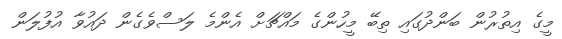
މީގެ އިތުރުން ބަންދުގައި ތިބޭ މީހުންގެ މައްޗަށް އެންމެ ލަސްވެގެން ދައުވާ އުފުލަން